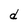
Character: d